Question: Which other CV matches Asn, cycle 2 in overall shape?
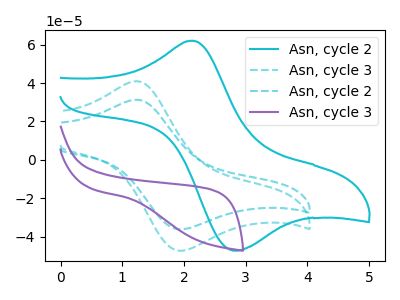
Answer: <think>The cyan curve "Asn, cycle 2" has an anodic peak at (2.15V, 62.10uA) and a cathodic peak at (2.85V, -47.25uA). The cyan dashed curve "Asn, cycle 3" has an anodic peak at (1.25V, 41.00uA) and a cathodic peak at (1.90V, -47.30uA). The cyan dashed curve "Asn, cycle 2" has an anodic peak at (1.25V, 31.30uA) and a cathodic peak at (1.90V, -36.15uA). The purple curve "Asn, cycle 3" has no peaks.
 "Asn, cycle 2" and "Asn, cycle 3" have at least one peak that do not match. "Asn, cycle 2" and "Asn, cycle 2" have at least one peak that do not match. "Asn, cycle 2" and "Asn, cycle 3" have a different number of peaks. All the peaks in "Asn, cycle 3" have a peak in "Asn, cycle 2" at the same potential. Every peak in "Asn, cycle 3" is higher than every peak in "Asn, cycle 2". "Asn, cycle 3" and "Asn, cycle 3" have a different number of peaks. "Asn, cycle 2" and "Asn, cycle 3" have a different number of peaks.</think>
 <answer>The CV with the most similar shape to "Asn, cycle 3" is "Asn, cycle 2".</answer>
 <eval>"Asn, cycle 2"</eval>